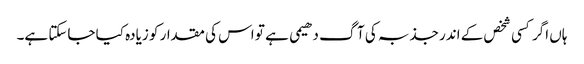
ہاں اگر کسی شخص کے اندر جذبہ کی آگ دھیمی ہے تو اس کی مقدار کو زیادہ کیا جاسکتا ہے۔